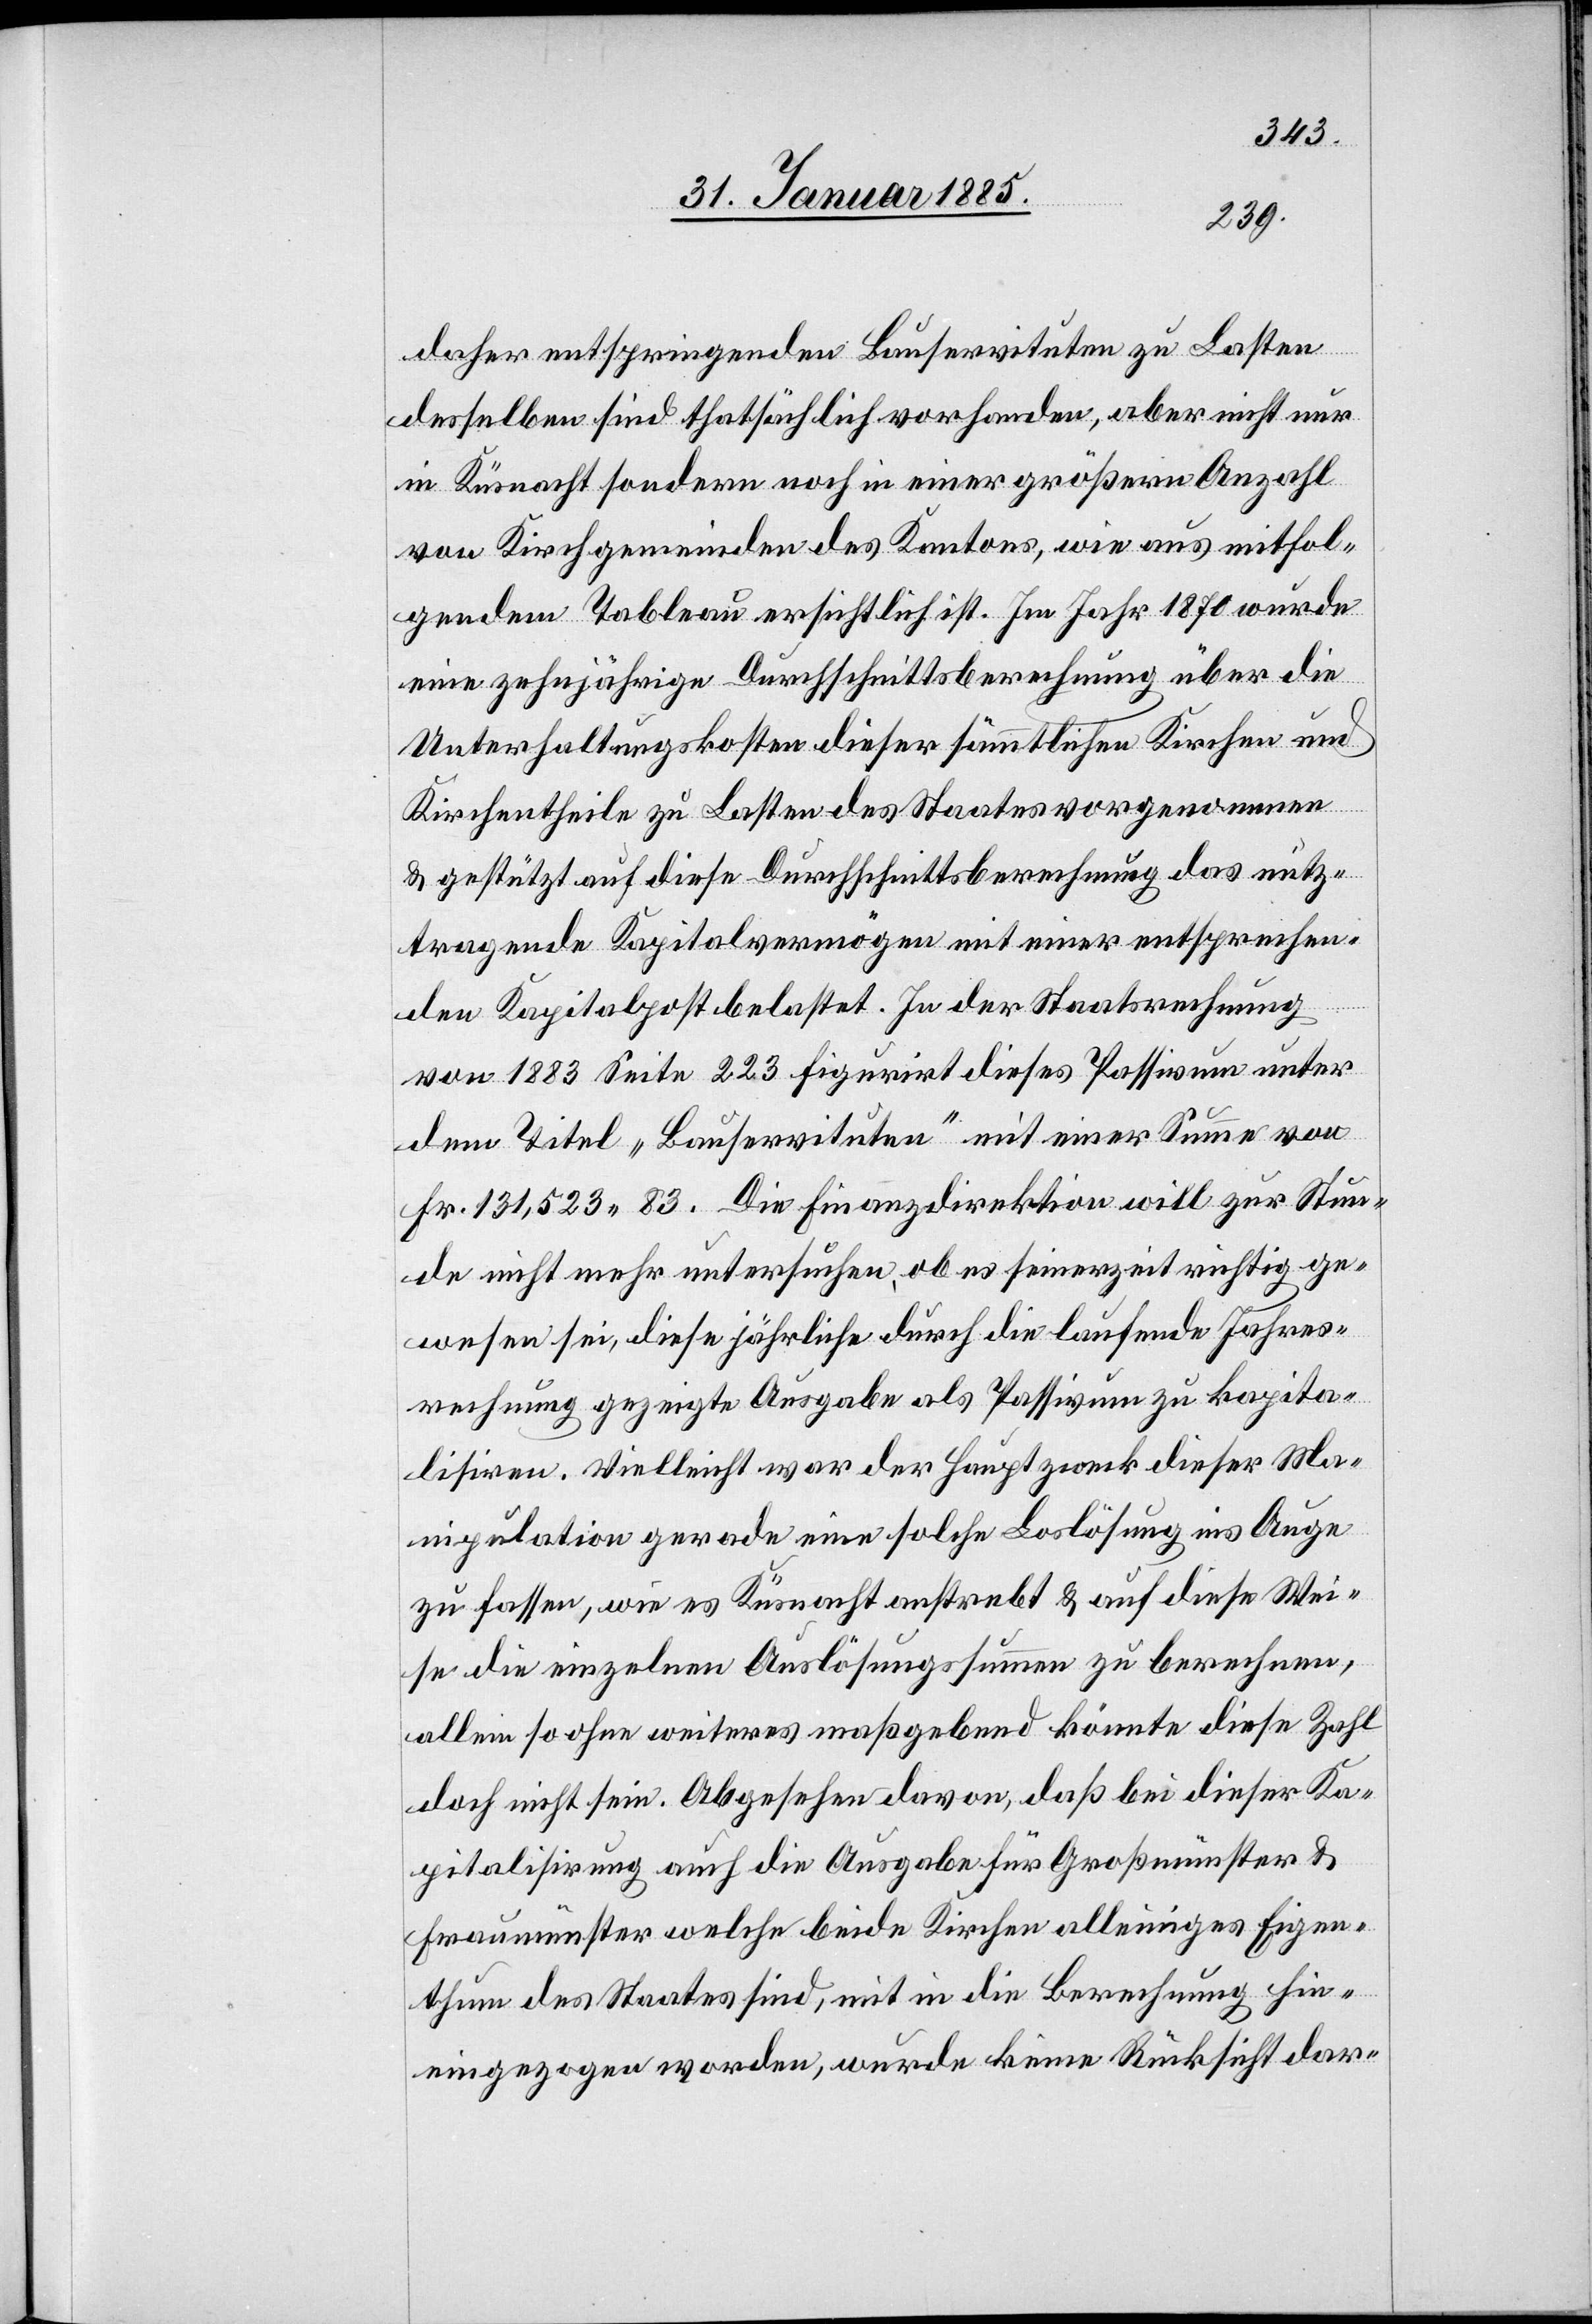
daher entspringenden Bauservituten zu Lasten
derselben sind thatsächlich vorhanden, aber nicht nur
in Küsnacht sondern noch in einer größeren Anzahl
von Kirchgemeinden des Kantons, wie aus mitfol¬
gendem Tableau ersichtlich ist. Im Jahr 1870 wurde
eine zehnjährige Durchschnittsberechnung über die
Unterhaltungskosten dieser sämmtlichen Kirchen und
Kirchentheile zu Lasten des Staates vorgenommen
& gestützt auf diese Durchschnittsberechnung das nutz¬
tragende Kapitalvermögen mit einer entsprechen¬
den Kapitalpost belastet. In der Staatsrechnung
von 1883 Seite 223 figurirt dieses Passivum unter
dem Titel „Bauservituten“ mit einer Summe von
Fr. 131,523 83. Die Finanzdirektion will zur Stun¬
de nicht mehr untersuchen, ob es seinerzeit richtig ge¬
wesen sei, diese jährliche durch die laufende Jahres¬
rechnung gezeigte Ausgabe als Passivum zu kapita¬
lisiren. Vielleicht war der Hauptzweck dieser Ma¬
nipulation gerade eine solche Loslösung ins Auge
zu fassen, wie es Küsnacht anstrebt & auf diese Wei¬
se die einzelnen Auslösungssummen zu berechnen,
allein so ohne weiteres maßgebend könnte diese Zahl
doch nicht sein. Abgesehen davon, daß bei dieser Ka¬
pitalisirung auch die Ausgabe für Großmünster &
Fraumünster welche beide Kirchen alleiniges Eigen¬
thum des Staates sind, mit in die Berechnung hin¬
eingezogen worden, wurde keine Rücksicht dar-